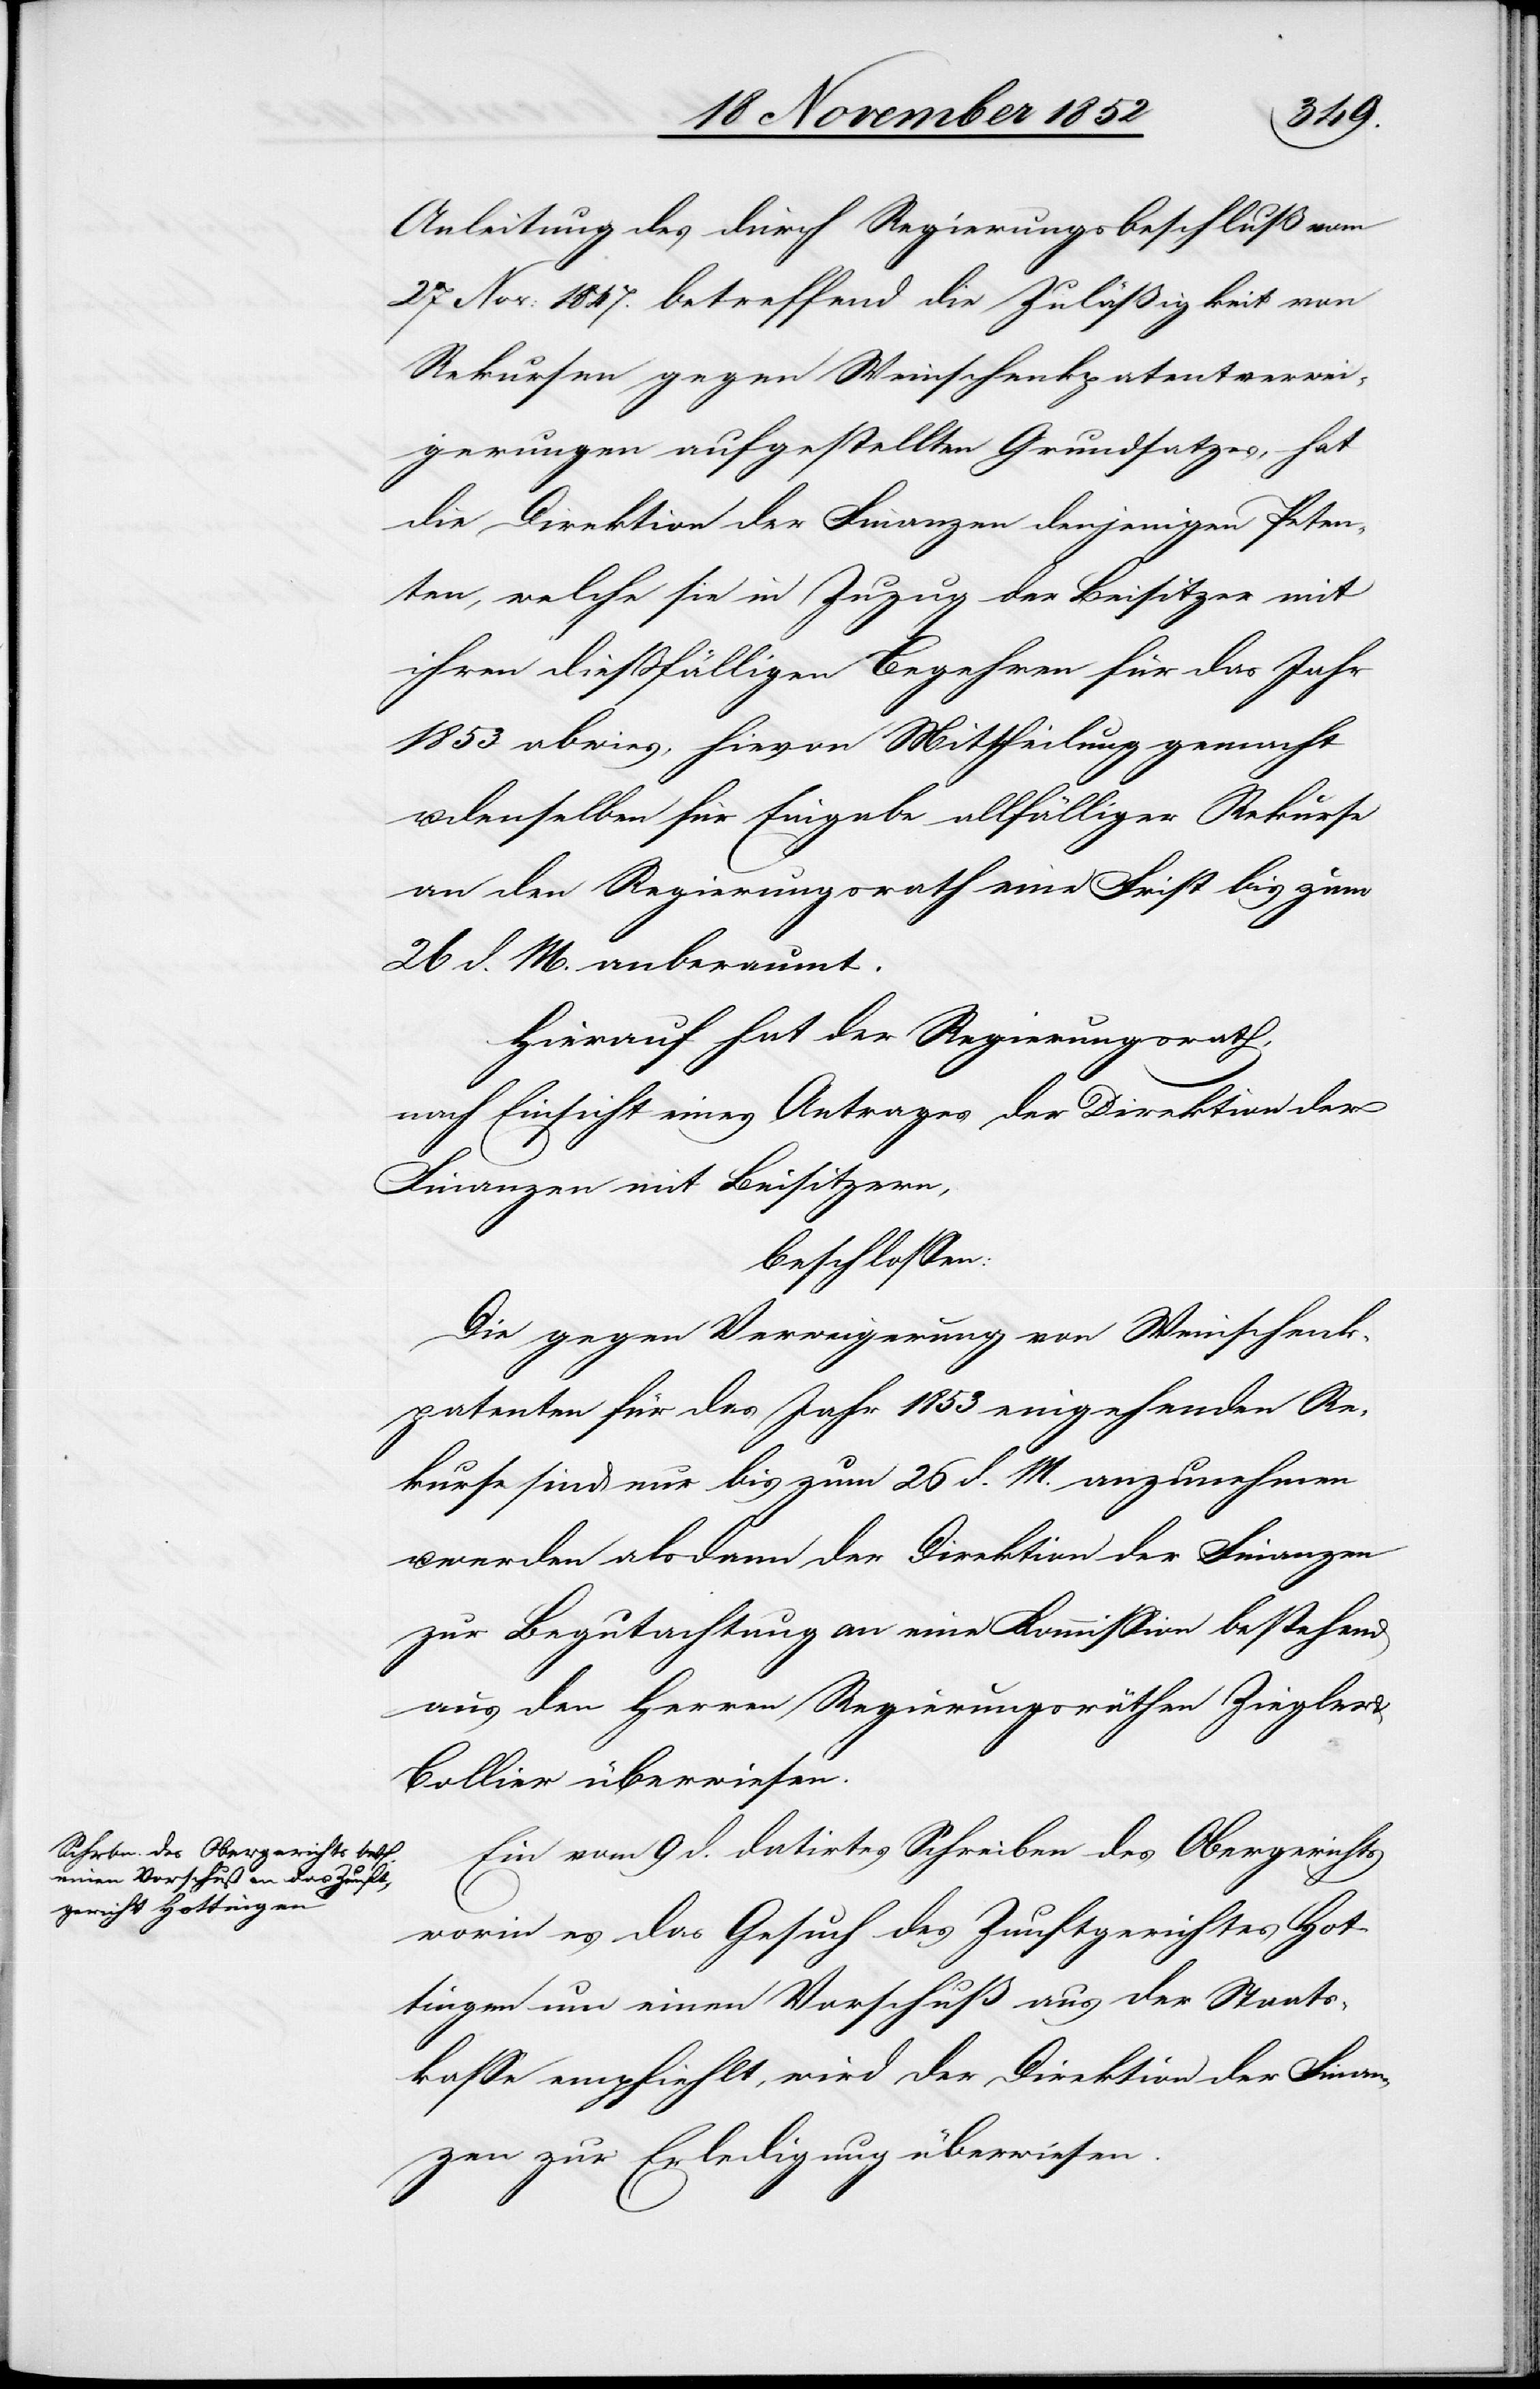
Anleitung des durch Regierungsbeschluß vom
27 Nov: 1847. betreffend die Zuläßigkeit von
Rekursen gegen Weinschenkpatentverwei¬
gerungen aufgestellten Grundsatzes, hat
die Direktion der Finanzen denjenigen Peten¬
ten, welche sie in Zuzug der Beisitzer mit
ihren dießfälligen Begehren für das Jahr
1853 abwies, hievon Mittheilung gemacht
denselben für Eingabe allfälliger Rekurse
an den Regierungsrath eine Frist bis zum
26 d. M. anberaumt.
Hierauf hat der Regierungsrath,
nach Einsicht eines Antrages der Direktion der
Finanzen mit Beisitzern,
beschlossen:
Die gegen Verweigerung von Weinschenk¬
patenten für das Jahr 1853 eingehenden Re¬
kurse sind nur bis zum 26 d. M. anzunehmen
werden alsdann der Direktion der Finanzen
zur Begutachtung an eine Kommission bestehend
aus den Herren Regierungsräthen Ziegler
Bollier überwiesen.
Ein vom 9 d. datirtes Schreiben des Obergerichts
worin es das Gesuch des Zunftgerichtes Hot¬
tingen um einen Vorschuß aus der Staats¬
kasse empfiehlt, wird der Direktion der Finan¬
zen zur Erledigung überwiesen.